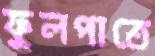
ফুলপাতে